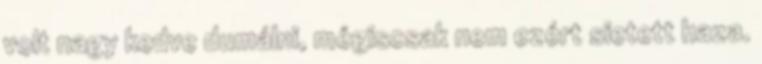
volt nagy kedve dumálni, mégiscsak nem ezért sietett haza.